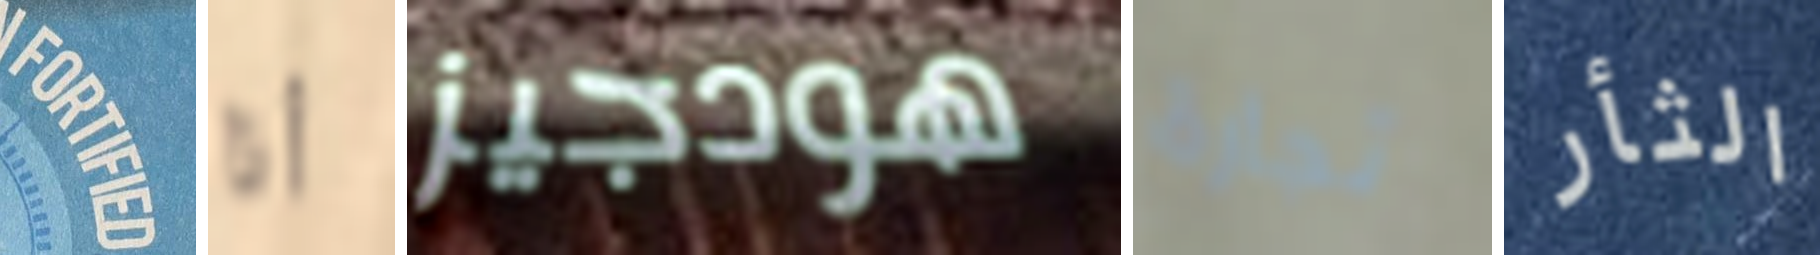
FORTIFIED أنا هودجيز تجارة الثأر